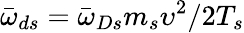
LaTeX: {\bar{\omega}}_{ds}={\bar{\omega}}_{Ds}m_{s}\upsilon^{2}/2T_{s}